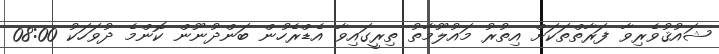
ޝައުޤުވެރިވާ ފަރާތްތަކަށް އިތުރު މައުލޫމާތު ތިރީގައިވާ އެޑްރެހުން ބަންދުނޫން ކޮންމެ ދުވަހަކު 08:00